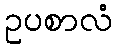
ဥပစာလံ